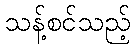
သန့်စင်သည့်